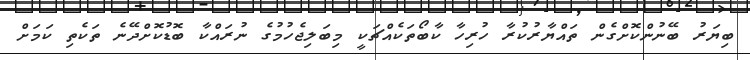
ބިޔަރު ބޭނުންކޮށްގެން ތައްޔާރުކުރާ ހުރިހާ ކާބޯތަކެއްޗަކީ މިބަލިޖެހުމުގެ ނުރައްކާ ބޮޑުކޮށްދޭނެ ތަކެތި ކަމަށް